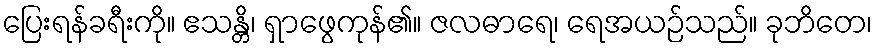
ပြေးရန်ခရီးကို။ ဧသန္တိ၊ ရှာဖွေကုန်၏။ ဇလဓာရေ၊ ရေအယဉ်သည်။ ခုဘိတေ၊